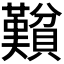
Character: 𬥮